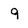
Character: 9